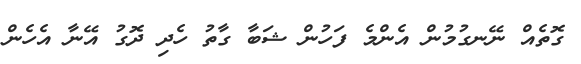
ގޮތެއް ނޭނގުމުން އެންމެ ފަހުން ޝަބާ ގާތު ހެދި ދޮގު އޭނާ އެހެން